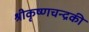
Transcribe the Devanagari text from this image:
श्रीकृष्णचन्द्रकी